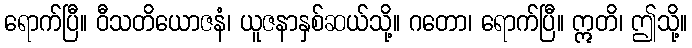
ရောက်ပြီ။ ဝီသတိယောဇနံ၊ ယူဇနာနှစ်ဆယ်သို့။ ဂတော၊ ရောက်ပြီ။ ဣတိ၊ ဤသို့။